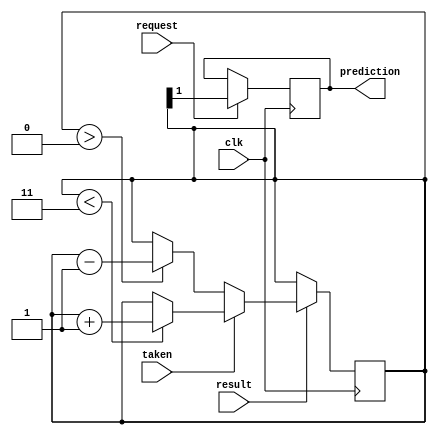
module predictor(input wire request, result, clk, taken, output reg prediction);
	reg [1:0] counter;
	initial begin
		counter = 2'h3;
	end
	always @(posedge clk) begin
		if (request) begin
			prediction <= counter[1];
		end
		if (result) begin
			if (taken) begin
				if (counter < 2'h3) counter <= counter + 1;
			end
			else begin
				if (counter > 2'h0) counter <= counter - 1;
			end
		end
	end
endmodule